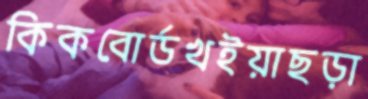
কিকবোর্ডখইয়াছড়া